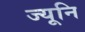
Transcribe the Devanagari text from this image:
ज्यूनि